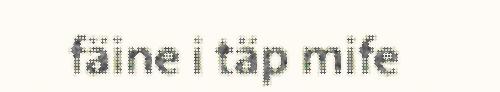
fäine i täp mife